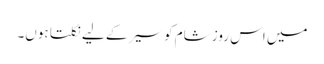
میں اس روز شام کو سیر کے لیے نکلتا ہوں۔